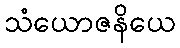
သံယောဇနိယေ